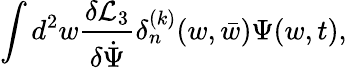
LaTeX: \int d^{2}w{\frac{\delta{\cal L}_{3}}{\delta{\dot{\Psi}}}}\delta_{n}^{(k)}(w,{\bar{w}})\Psi(w,t),